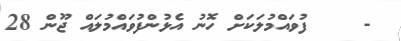
-    ފުވައްމުލަކަށް ހޮނު އެޅުންފުވައްމުލައް ޖޫން 28